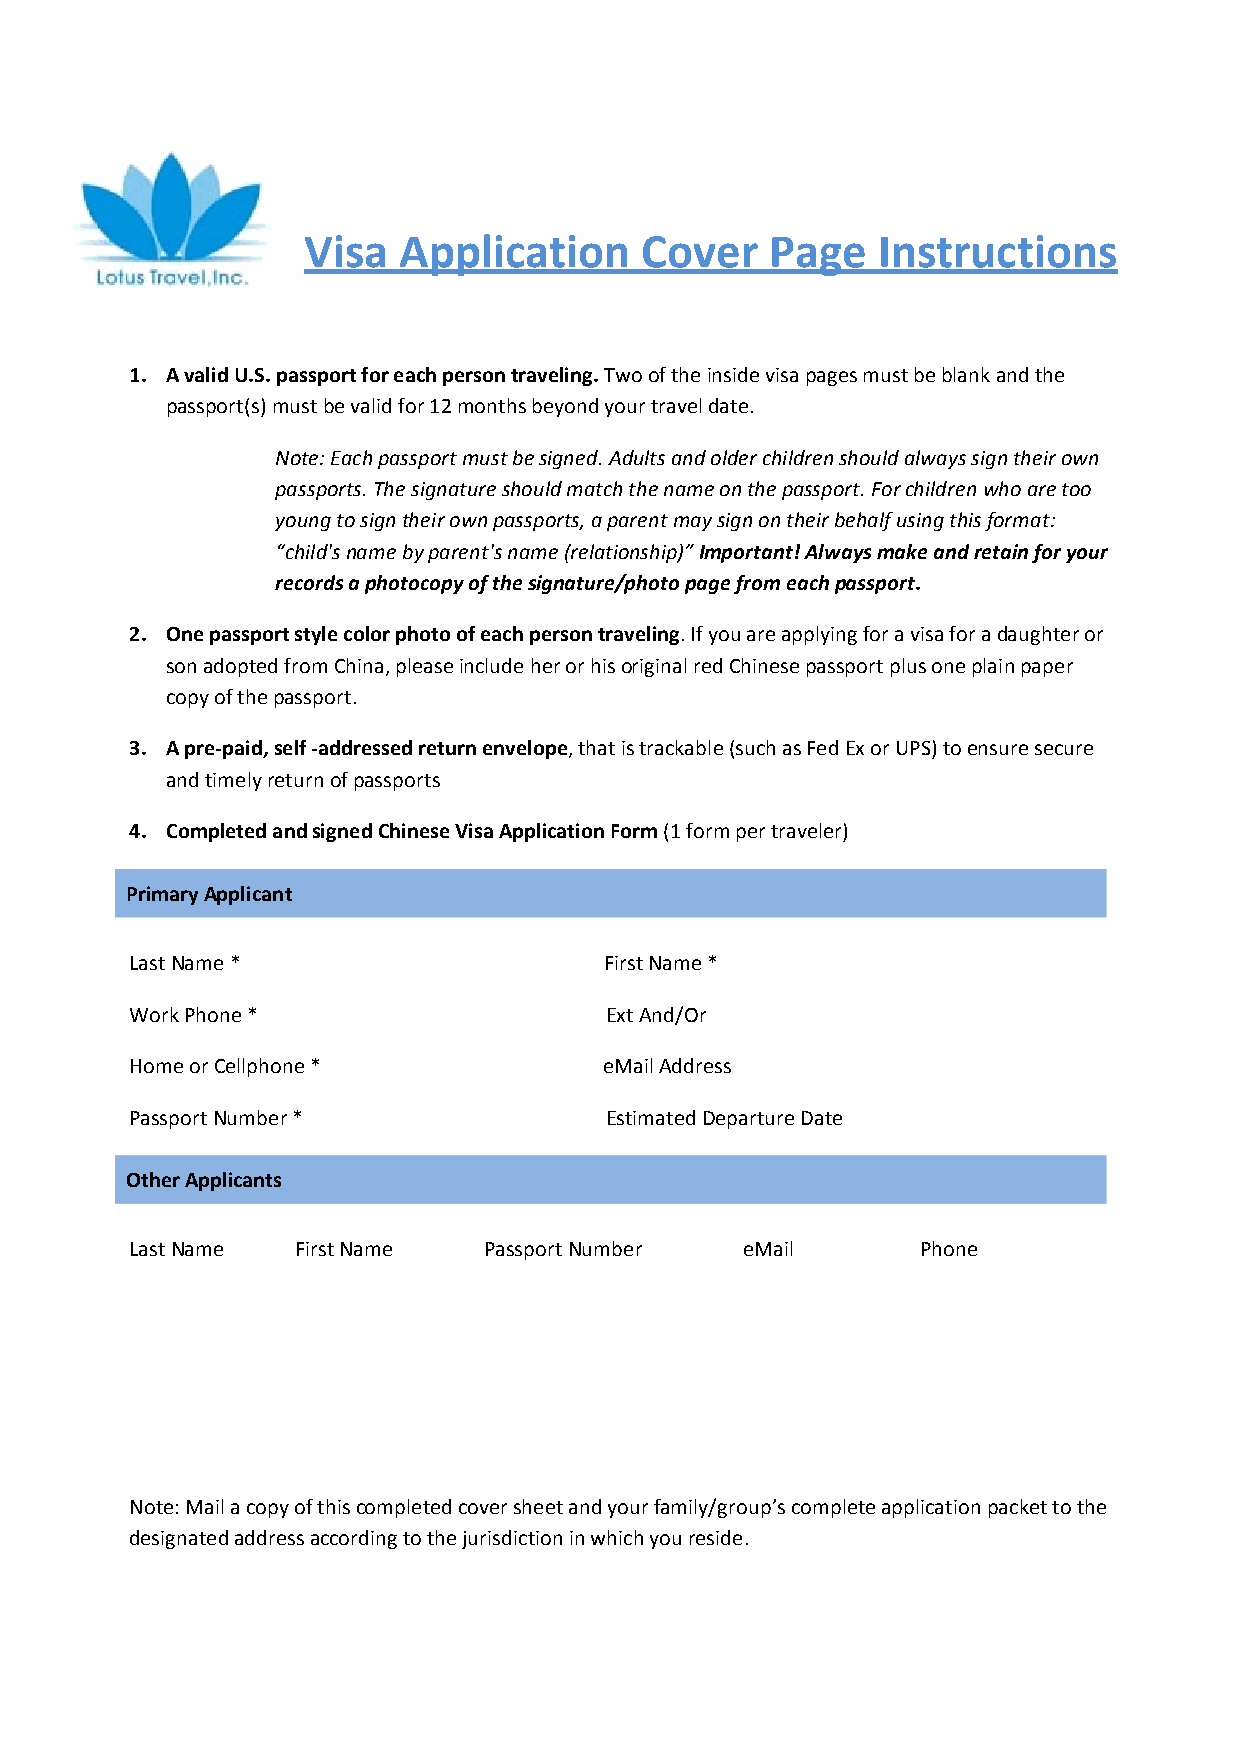
Visa  Application     Cover    Page   Instructions
 1. A valid U.S. passport for each person traveling. Two of the inside visa pages must be blank and the
 passport(s) must be valid for 12 months beyond your travel date.
 Note: Each passport must be signed. Adults and older children should always sign their own
 passports. The signature should match the name on the passport. For children who are too
 young to sign their own passports, a parent may sign on their behalf using this format:
 “child's name by parent's name (relationship)” Important! Always make and retain for your
 records a photocopy of the signature/photo page from each passport.
 2. One passport style color photo of each person traveling. If you are applying for a visa for a daughter or
 son adopted from China, please include her or his original red Chinese passport plus one plain paper
 copy of the passport.
 3. A pre‐paid, self ‐addressed return envelope, that is trackable (such as Fed Ex or UPS) to ensure secure
 and timely return of passports
 4. Completed and signed Chinese Visa Application Form (1 form per traveler)
 Primary Applicant
 Last Name *                    First Name *
 Work Phone *                   Ext And/Or
 Home or Cellphone *            eMail Address
 Passport Number *              Estimated Departure Date
 Other Applicants
 Last Name  First Name  Passport Number  eMail       Phone
 Note: Mail a copy of this completed cover sheet and your family/group’s complete application packet to the
 designated address according to the jurisdiction in which you reside.